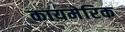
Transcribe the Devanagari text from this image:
कायमेरिक